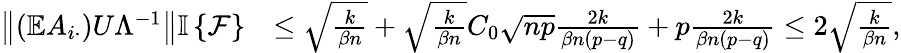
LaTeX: \begin{array}{rl}{\left\| {(\mathbb{E}A_{i\cdot})U\Lambda^{-1}}\right\| {\mathbb{I}\left\{ {\mathcal{F}}\right\} }}&{\leq\sqrt{\frac{k}{\beta n}}+\sqrt{\frac{k}{\beta n}}C_{0}\sqrt{np}\frac{2k}{\beta n(p-q)}+p\frac{2k}{\beta n(p-q)}\leq 2\sqrt{\frac{k}{\beta n}},}\end{array}